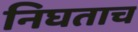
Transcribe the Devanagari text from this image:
निघताच